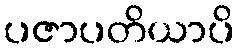
ပဇာပတိယာပိ